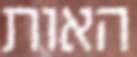
האות